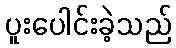
ပူးပေါင်းခဲ့သည်